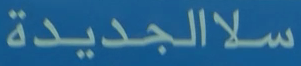
الجديدة سلا